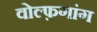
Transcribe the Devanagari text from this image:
वोल्फ़गांग